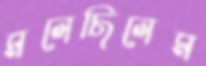
মলেছিলেম